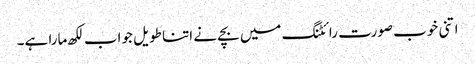
اتنی خوب صورت رائٹنگ میں بچے نے اتنا طویل جواب لکھ مارا ہے۔